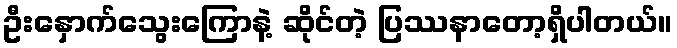
ဦးနှောက်သွေးကြောနဲ့ ဆိုင်တဲ့ ပြဿနာတော့ရှိပါတယ်။